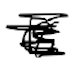
Text: 18
Cross-out: scratch
Writing tool: digital_black